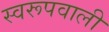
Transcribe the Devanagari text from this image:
स्वरूपवाली